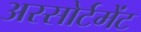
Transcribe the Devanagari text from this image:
अस्सोर्टमेंट